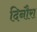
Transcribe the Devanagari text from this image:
दिनौरा